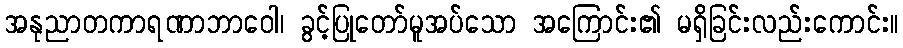
အနုညာတကာရဏာဘာဝေါ၊ ခွင့်ပြုတော်မူအပ်သော အကြောင်း၏ မရှိခြင်းလည်းကောင်း။